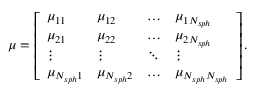
\begin{array} { r } { \boldsymbol \mu = \left[ \begin{array} { l l l l } { \mu _ { 1 1 } } & { \mu _ { 1 2 } } & { \hdots } & { \mu _ { 1 N _ { s p h } } } \\ { \mu _ { 2 1 } } & { \mu _ { 2 2 } } & { \hdots } & { \mu _ { 2 N _ { s p h } } } \\ { \vdots } & { \vdots } & { \ddots } & { \vdots } \\ { \mu _ { N _ { s p h } 1 } } & { \mu _ { N _ { s p h } 2 } } & { \hdots } & { \mu _ { N _ { s p h } N _ { s p h } } } \end{array} \right] . } \end{array}